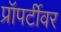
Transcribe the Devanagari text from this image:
प्रॉपर्टीवर